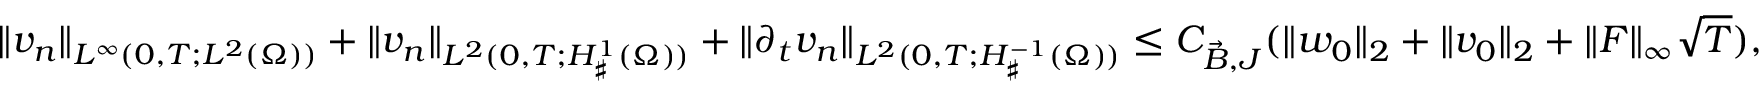
\| v _ { n } \| _ { L ^ { \infty } ( 0 , T ; L ^ { 2 } ( \Omega ) ) } + \| v _ { n } \| _ { L ^ { 2 } ( 0 , T ; H _ { \sharp } ^ { 1 } ( \Omega ) ) } + \| \partial _ { t } v _ { n } \| _ { L ^ { 2 } ( 0 , T ; H _ { \sharp } ^ { - 1 } ( \Omega ) ) } \leq C _ { \Vec { B } , J } ( \| w _ { 0 } \| _ { 2 } + \| v _ { 0 } \| _ { 2 } + \| F \| _ { \infty } \sqrt { T } ) ,